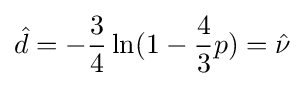
{\hat {d}}=-{3 \over 4}\ln({1-{4 \over 3}p})={\hat {\nu }}